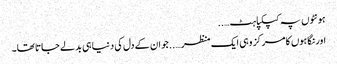
ہونٹوں پہ کپکپاہٹ…..
اور نگاہوں کا مرکز وہی ایک منظر…..جو ان کے دل کی دنیا ہی بدلے جاتا تھا۔